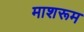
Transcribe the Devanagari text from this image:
माशरूम